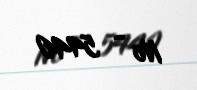
№ - 5440